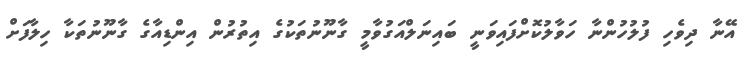
އޭނާ ދިވެހި ފުލުހުންނާ ހަވާލުކޮށްފައިވަނީ ބައިނަލްއަގުވާމީ ގާނޫނުތަކުގެ އިތުރުން އިންޑިއާގެ ގާނޫނުތަކާ ހިލާފަށް